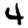
Digit: 4